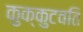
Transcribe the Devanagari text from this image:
कुक्कुटवति